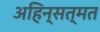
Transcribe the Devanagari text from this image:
अहिन्सत्मत